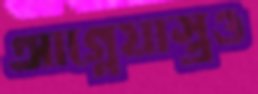
আগ্নেয়াস্ত্রও